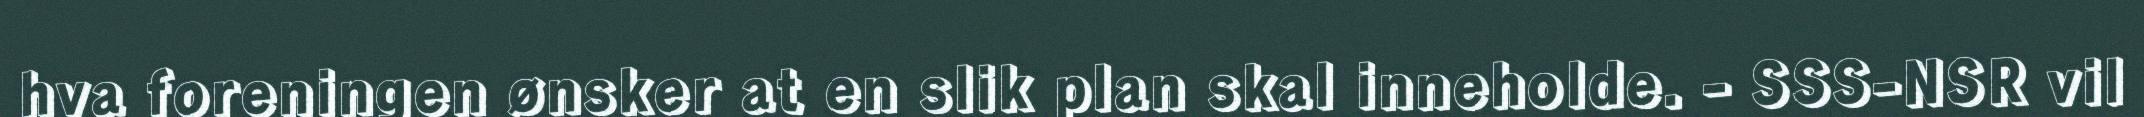
hva foreningen ønsker at en slik plan skal inneholde. - SSS-NSR vil